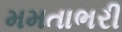
મમતાભરી